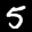
Digit: 5